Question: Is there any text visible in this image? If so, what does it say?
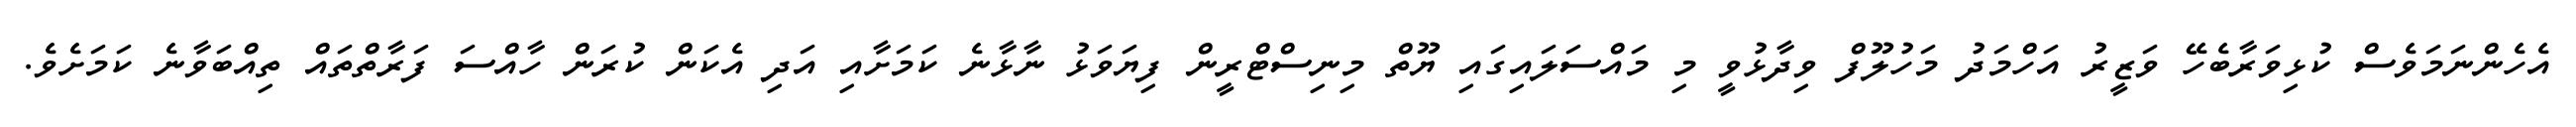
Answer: އެހެންނަމަވެސް ކުޅިވަރާބެހޭ ވަޒީރު އަހްމަދު މަހުލޫފް ވިދާޅުވީ މި މައްސަލައިގައި ޔޫތް މިނިސްޓްރީން ފިޔަވަޅު ނާޅާނެ ކަމަށާއި އަދި އެކަން ކުރަން ހާއްސަ ފަރާތްތައް ތިއްބަވާނެ ކަމަށެވެ.